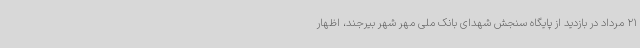
21 مرداد در بازدید از پایگاه سنجش شهدای بانک ملی مهر شهر بیرجند، اظهار